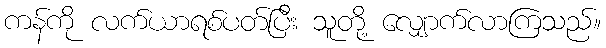
ကန်ကို လက်ယာရစ်ပတ်ပြီး သူတို့ လျှောက်လာကြသည်။